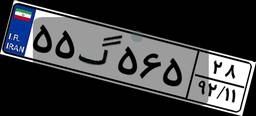
۵۵گ۵۶۵۲۸